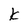
Character: k